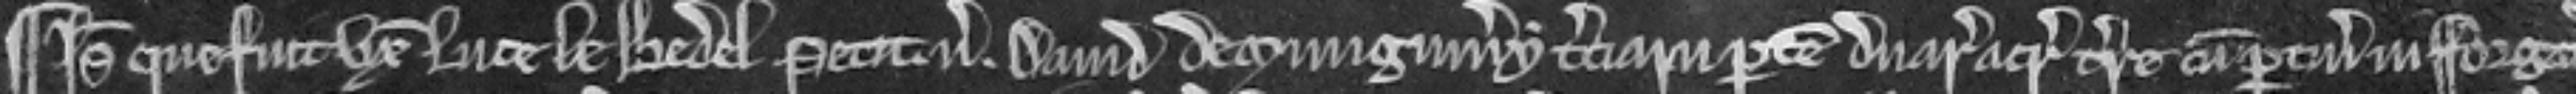
¶ Isabella que fuit uxor Luce le Bedel petit versus David de Mungumery terciam partem duarum acrarum terre cum pertinenciis in Forgat